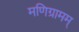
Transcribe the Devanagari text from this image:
मणिग्रामम्